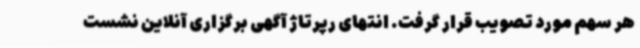
هر سهم مورد تصویب قرار گرفت. انتهای رپرتاژ آگهی برگزاری آنلاین نشست